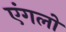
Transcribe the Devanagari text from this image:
एंगलो